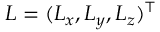
\boldsymbol { L } = ( L _ { x } , L _ { y } , L _ { z } ) ^ { \top }